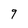
Character: 9